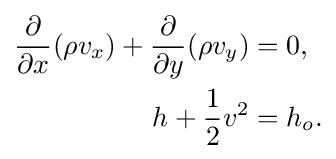
{\begin{aligned}{\frac {\partial }{\partial x}}(\rho v_{x})+{\frac {\partial }{\partial y}}(\rho v_{y})&=0,\\h+{\frac {1}{2}}v^{2}&=h_{o}.\end{aligned}}